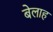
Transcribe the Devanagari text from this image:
बेलाह